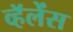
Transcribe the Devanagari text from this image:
व्हॅलेंस